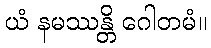
ယံ နမဿန္တိ ဂေါတမံ။